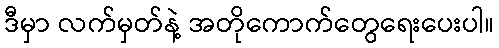
ဒီမှာ လက်မှတ်နဲ့ အတိုကောက်တွေရေးပေးပါ။